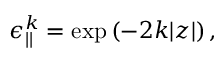
\epsilon _ { | | } ^ { k } = \exp \left( { - 2 k | z | } \right) ,